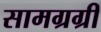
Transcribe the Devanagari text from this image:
सामग्रग्री